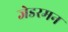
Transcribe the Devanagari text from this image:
जेडरमन